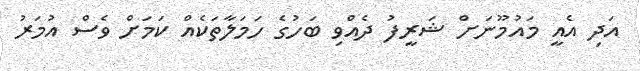
އަދި އެއީ މައުމޫނަށް ޝަރީފު ދެއްވި ބަހުގެ ހަމަލާތަކެއް ކަމަށް ވެސް އުމަރު